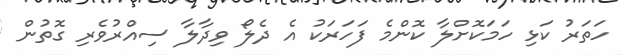
ހަތަރު ކަޅި ހަމަކޮށްލާ ކޮންމެ ފަހަރަކު އެ ދެލޯ ވިދާލާ ސިއްރުވެރި ގޮތުން